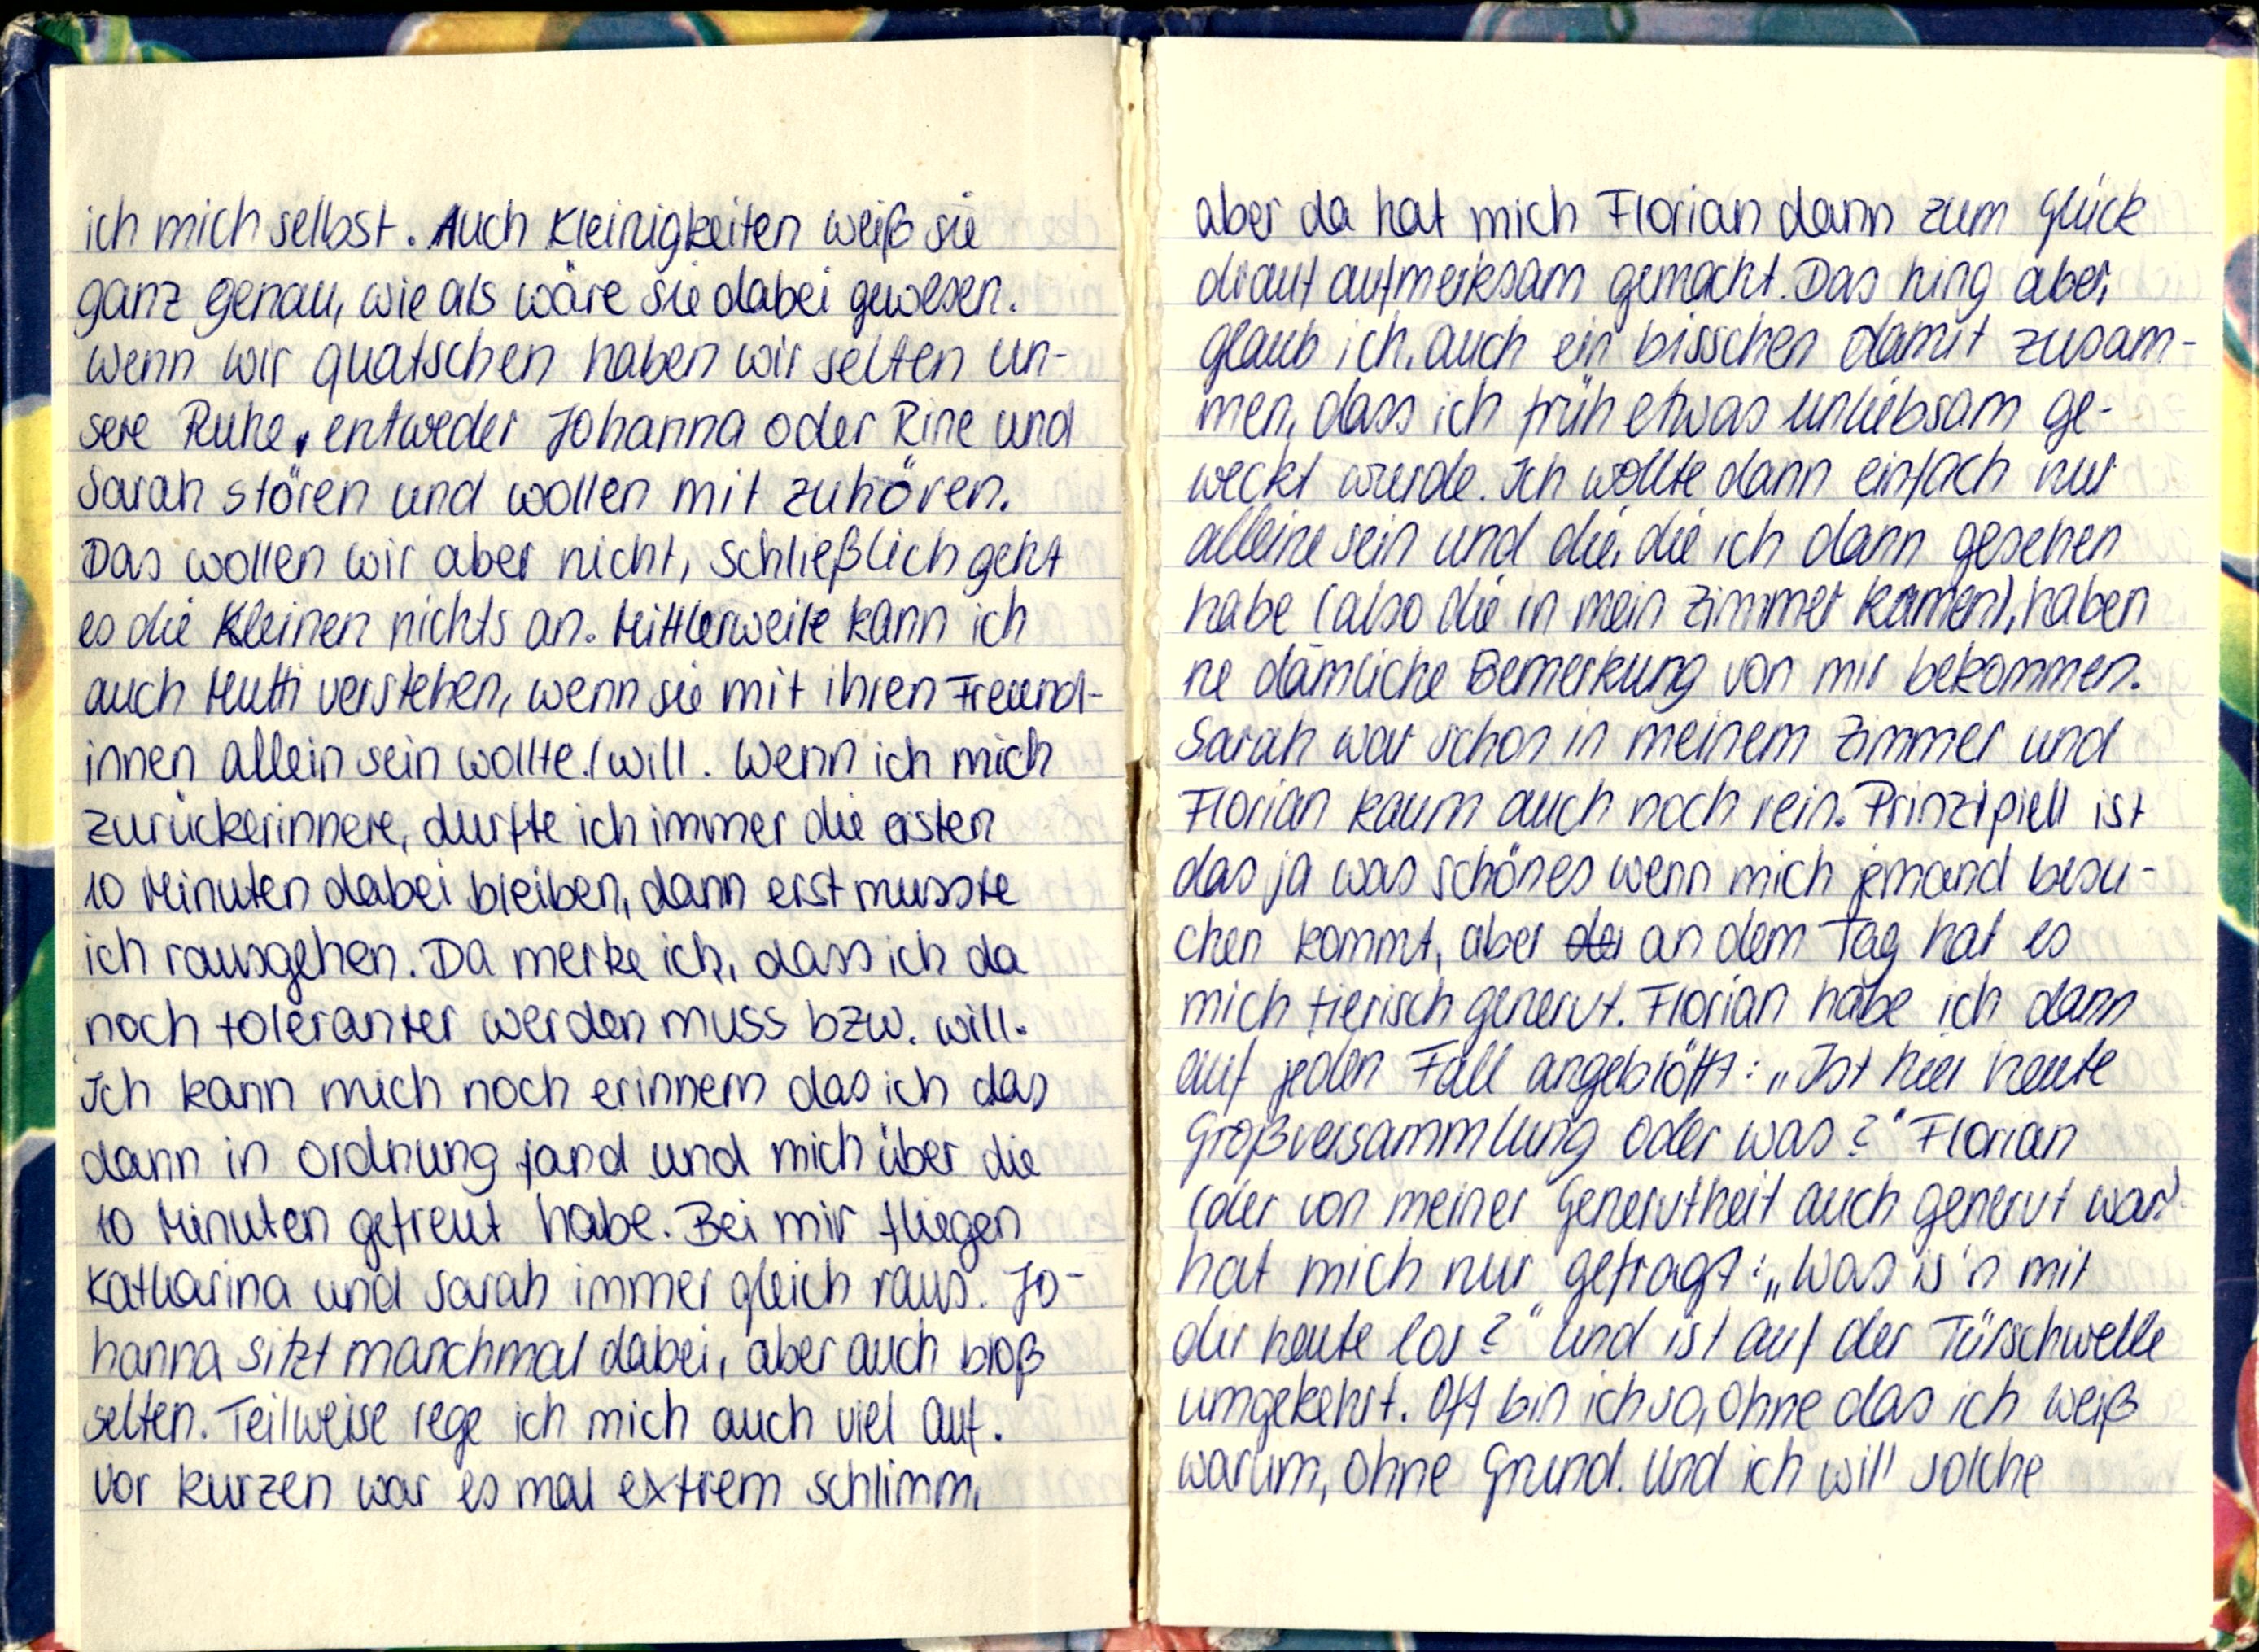
ich mich selbst. Auch Kleinigkeiten weiß sie
ganz genau, wie als wäre sie dabei gewesen.
Wenn wir quatschen haben wir selten un-
sere Ruhe, entweder Johanna oder Rine und
Sarah stören und wollen mit zuhören.
Das wollen wir aber nicht, schließlich geht
es die kleinen nichts an. Mittlerweile kann ich
auch Mutti verstehen, wenn sie mit ihren Freund-
innen allein sein wollte/ will. Wenn ich mich
zurückerinnere, durfte ich immer die ersten
10 Minuten dabei bleiben, dann erst musste
ich rausgehen. Da merke ich, dass ich da
noch toleranter werden muss bzw. will.
Ich kann mich noch erinnern das ich das
dann in Ordnung fand und mich über die
10 Minuten gefreut habe. Bei mir fliegen
Katharina und Sarah immer gleich raus. Jo-
hanna sitzt manchmal dabei, aber auch bloß
selten. Teilweise rege ich mich auch viel auf.
Vor kurzen war es mal extrem schlimm,

aber da hat mich Florian dann zum Glück
drauf aufmerksam gemacht. Das hing aber,
glaub ich, auch ein bisschen damit zusam-
men, dass ich früh etwas unliebsam ge-
weckt wurde. Ich wollte dann einfach nur
alleine sein und die, die ich dann gesehen
habe (also die in mein Zimmer kamen), haben
ne dämliche Bemerkung von mir bekommen.
Sarah war schon in meinem Zimmer und
florian kaum auch noch rein. Prinzipiell ist
das ja was schönes wenn mich jemand besu-
chen kommt, aber an dem Tag hat es
mich tierisch genervt. Florian habe ich dann
auf jeden Fall angeblöfft: „Ist hier heute
Großversammlung oder was?" Florian
(der von meiner Genervtheit auch genervt war)
hat mich nur gefragt: „Was is'n mit
dir heute los?" und ist auf der Türschwelle
umgekehrt. Oft bin ich so, ohne das ich weiß
warum, ohne Grund. Und ich will solche